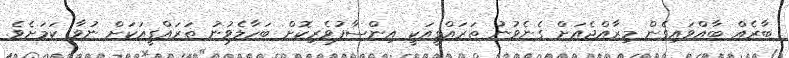
ބާރެއް ބާއްވައިގެން މިރާއްޖެއަށް ގެނެވުނު ތަރައްގީއަކީ އިންސާފުވެރިކޮށް ބަހާލެވުނު ތަރައްގީއަކަށް ނުވާ ކަމަށެވެ.